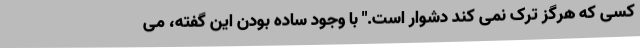
کسی که هرگز ترک نمی کند دشوار است." با وجود ساده بودن این گفته، می